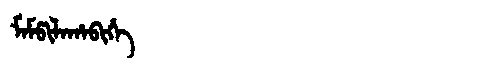
Manchu: ᠮᠠᠮᡦᡳᠯᠠᡥᠠᠪᡳᡥᡝ
Romanization: MAMPILAHABIHE